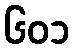
၆၀၁